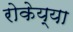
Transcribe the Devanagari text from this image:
रोकेय्या